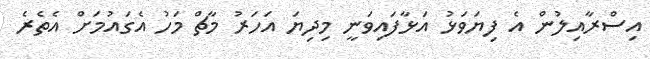
އިސްރާއިލުން އެ ފިޔަވަޅު އަޅާފައިވަނީ މިދިޔަ އަހަރު މާޗް މަހު އެގައުމަށް އެތެރެ